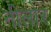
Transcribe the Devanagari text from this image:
नीलोर